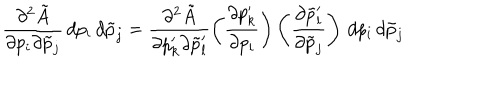
\frac { \partial ^ { 2 } \tilde { A } } { \partial p _ { i } \partial \tilde { p } _ { j } } \, d p _ { i } \, d \tilde { p } _ { j } = \frac { \partial ^ { 2 } \tilde { A } } { \partial p _ { k } ^ { \prime } \partial \tilde { p } _ { l } ^ { \prime } } \left( \frac { \partial p _ { k } ^ { \prime } } { \partial p _ { i } } \right) \left( \frac { \partial \tilde { p } _ { l } ^ { \prime } } { \partial \tilde { p } _ { j } } \right) \, d p _ { i } \, d \tilde { p } _ { j }